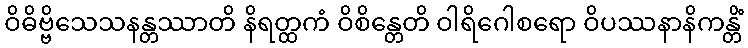
ဝိဓိဗ္ဗိသေသနန္တဿာတိ နိရတ္ထကံ ဝိစိန္တေတိ ဝါရိဂေါစရော ဝိပဿနာနိကန္တိံ